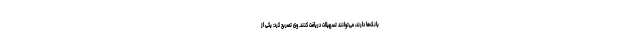
بانک‌ها دارند، می‌توانند تسهیلات دریافت کنند. وی تصریح کرد: یکی از